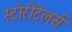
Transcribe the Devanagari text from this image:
स्टोरीटेलर्स